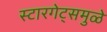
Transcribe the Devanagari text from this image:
स्टारगेट्समुळे